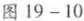
图19-10